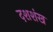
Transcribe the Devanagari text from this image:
दशशंख